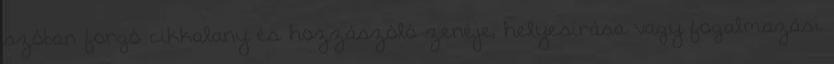
szóban forgó cikkalany és hozzászóló zenéje, helyesírása vagy fogalmazási